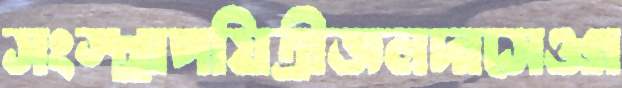
সংস্থাপয়িত্রীজলদাসেওগ